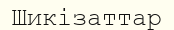
Шикізаттар